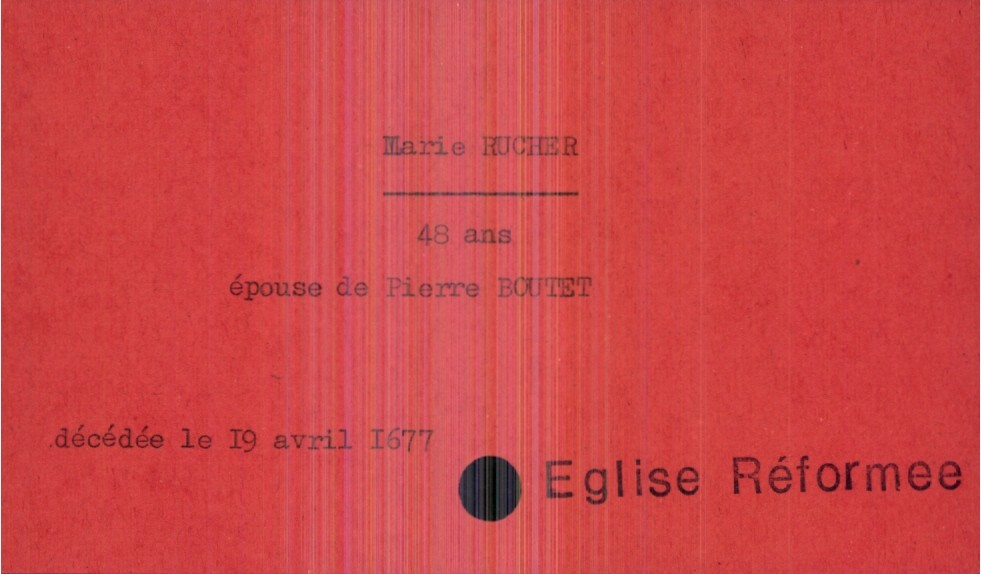
type_acte: Décès
année: 1677
mois: avril
jour: 19
observations: Eglise Réformee
défunt_nom: Rucher
défunt_prénom: Marie
défunt_sexe: F
défunt_âge: 48 ans
défunt_statut: marié(e)